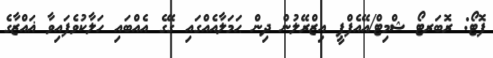
ފޮޓޯ: ރޮބަރޓޯ ޝްމިޓް/އޭއެފްޕީ އިޒްރޭލުން ދިން ޙަމަލާއެއްގައި ގޭގެ އެއްބައި ހަލާކުވެފައިވާ ޣައްޒާގެ